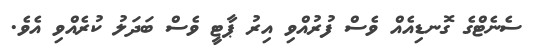
ސެނެޓްގެ ގޮނޑިއެއް ވެސް ފުރުއްވި އިރު ޕާޓީ ވެސް ބަދަލު ކުރެއްވި އެވެ.